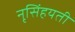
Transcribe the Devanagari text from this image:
नृसिंहयती